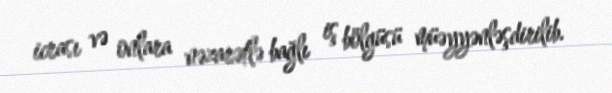
icrası və onlara nəzarətlə bağlı iş bölgüsü müəyyənləşdirilib.